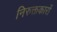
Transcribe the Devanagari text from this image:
निरुक्तकारों